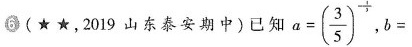
6(★★，2019山东泰安期中)已知 $$a = ( \frac { 3 } { 5 } ) ^ { - \frac { 1 } { 3 } }$$, $$b =$$